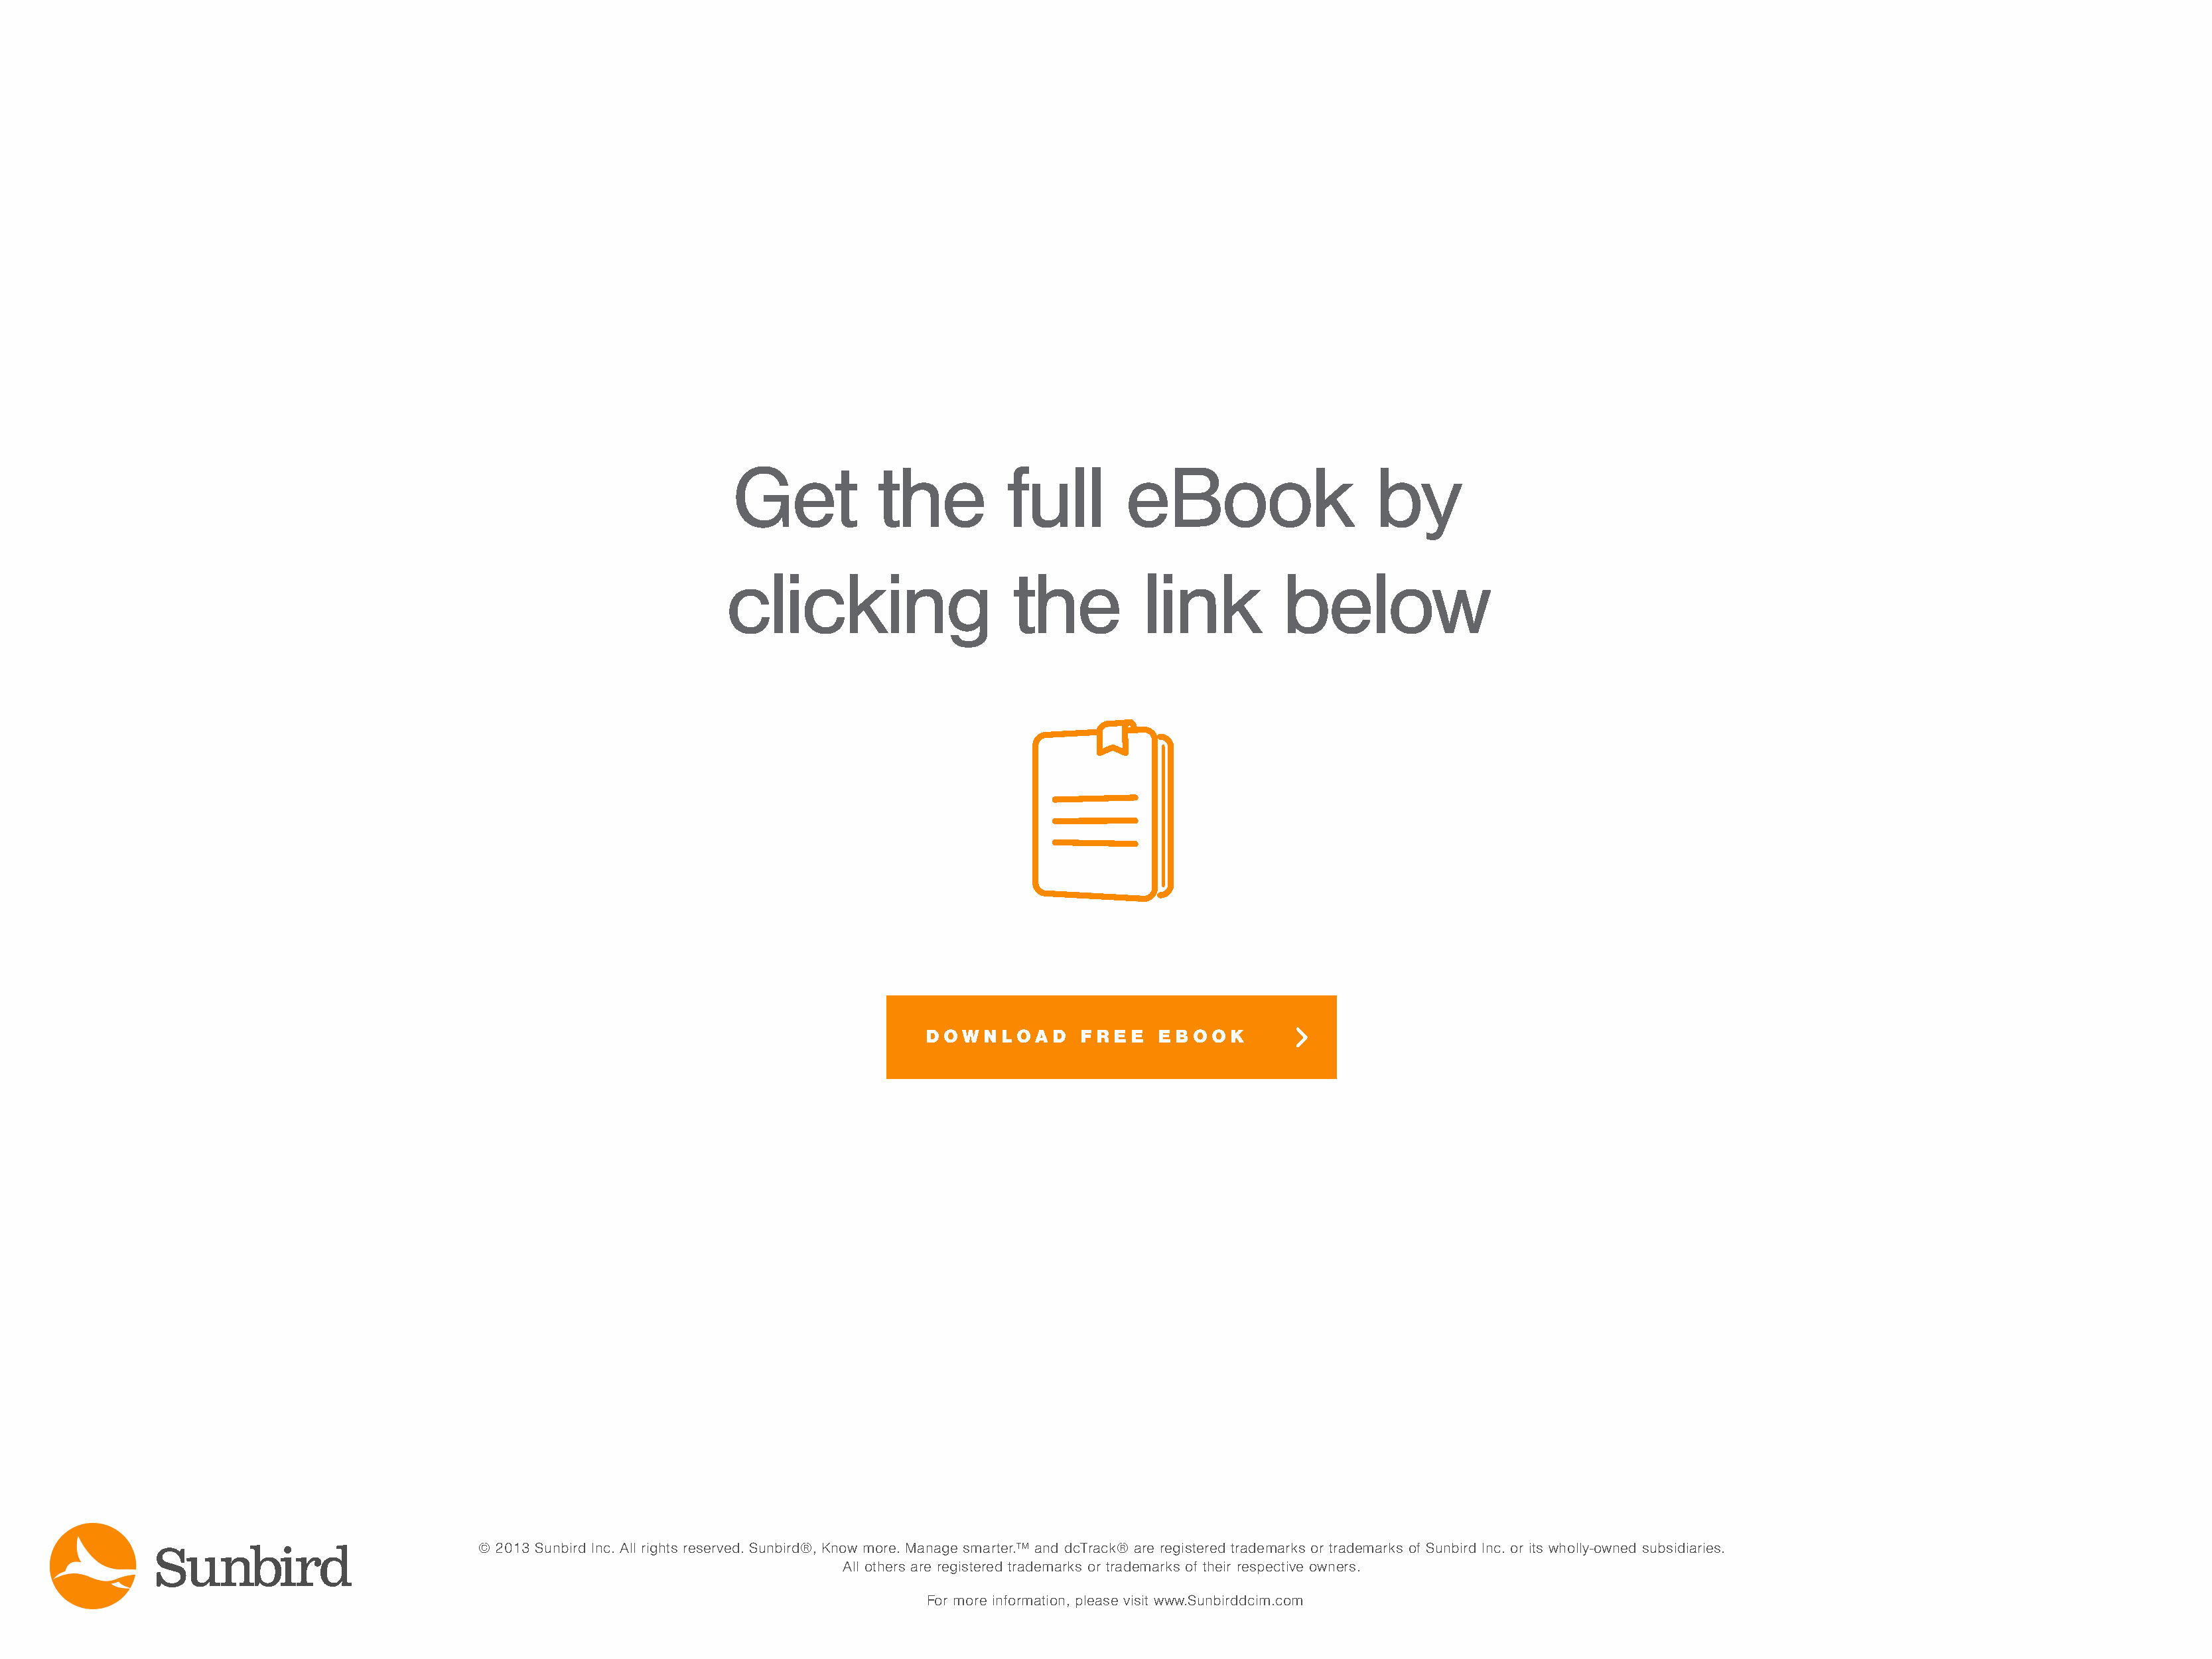
Get           the          full        eBook                    by
 clicking                     the          link          below
 DOWNLOAD        FREE    EBOOK
 © 2013 Sunbird Inc. All rights reserved. Sunbird®, Know more. Manage smarter.™ and dcTrack® are registered trademarks or trademarks of Sunbird Inc. or its wholly-owned subsidiaries.
 All others are registered trademarks or trademarks of their respective owners.
 For more information, please visit www.Sunbirddcim.com